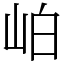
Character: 岶